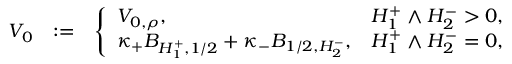
\begin{array} { r l r } { V _ { 0 } } & { : = } & { \left\{ \begin{array} { l l } { V _ { 0 , \rho } , } & { H _ { 1 } ^ { + } \wedge H _ { 2 } ^ { - } > 0 , } \\ { \kappa _ { + } B _ { H _ { 1 } ^ { + } , 1 / 2 } + \kappa _ { - } B _ { 1 / 2 , H _ { 2 } ^ { - } } , } & { H _ { 1 } ^ { + } \wedge H _ { 2 } ^ { - } = 0 , } \end{array} \right. } \end{array}